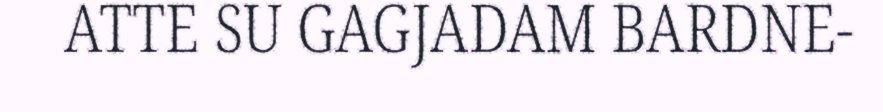
ATTE SU GAGJADAM BARDNE-